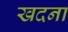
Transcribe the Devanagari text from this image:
खदना